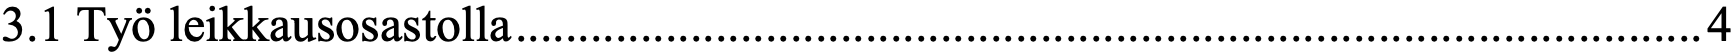
3.1 Työ leikkausosastolla ............................................................................................... 4